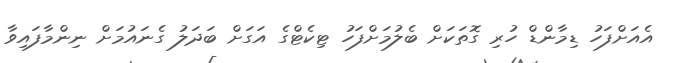
އެއަށްފަހު ޑިމާންޑް ހުރި ގޮތަކަށް ބެލުމަށްފަހު ޓިކެޓްގެ އަގަށް ބަދަލު ގެނައުމަށް ނިންމާފައިވާ